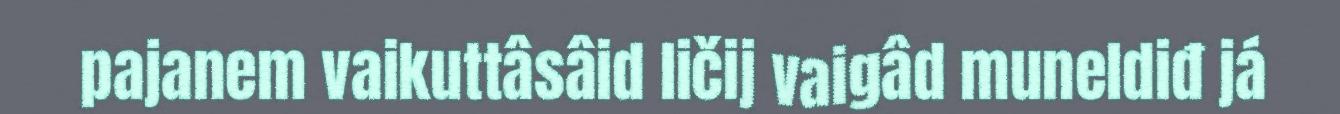
pajanem vaikuttâsâid ličij vaigâd muneldiđ já